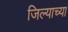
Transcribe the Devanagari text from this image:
जिल्याच्या